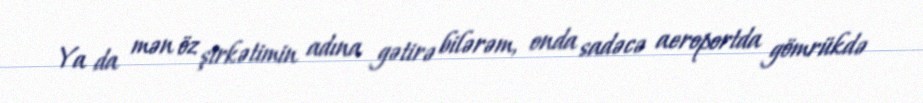
Ya da mən öz şirkətimin adına gətirə bilərəm, onda sadəcə aeroportda gömrükdə